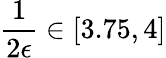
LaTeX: \frac{1}{2\epsilon}\in[3.75,4]